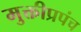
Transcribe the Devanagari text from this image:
मुक्तीप्रपंच